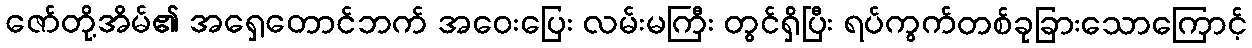
ဇော်တို့အိမ်၏ အရှေ့တောင်ဘက် အဝေးပြေး လမ်းမကြီး တွင်ရှိပြီး ရပ်ကွက်တစ်ခုခြားသောကြောင့်